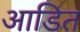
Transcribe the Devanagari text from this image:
आडित